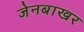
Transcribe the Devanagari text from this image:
जेनबाखर